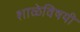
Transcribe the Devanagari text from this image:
शाळेविषयी